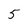
Character: 5